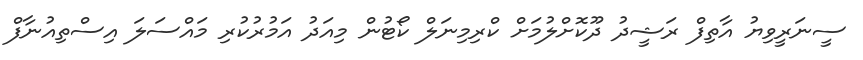
ސީނަރީވިޔު އާތިފް ރަޝީދު ދޫކޮށްލުމަށް ކްރިމިނަލް ކޯޓުން މިއަދު އަމުރުކުރި މައްސަލަ އިސްތިއުނާފް